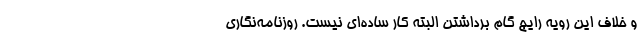
و خلاف این رویه رایج گام برداشتن البته کار ساده‌ای نیست. روزنامه‌نگاری